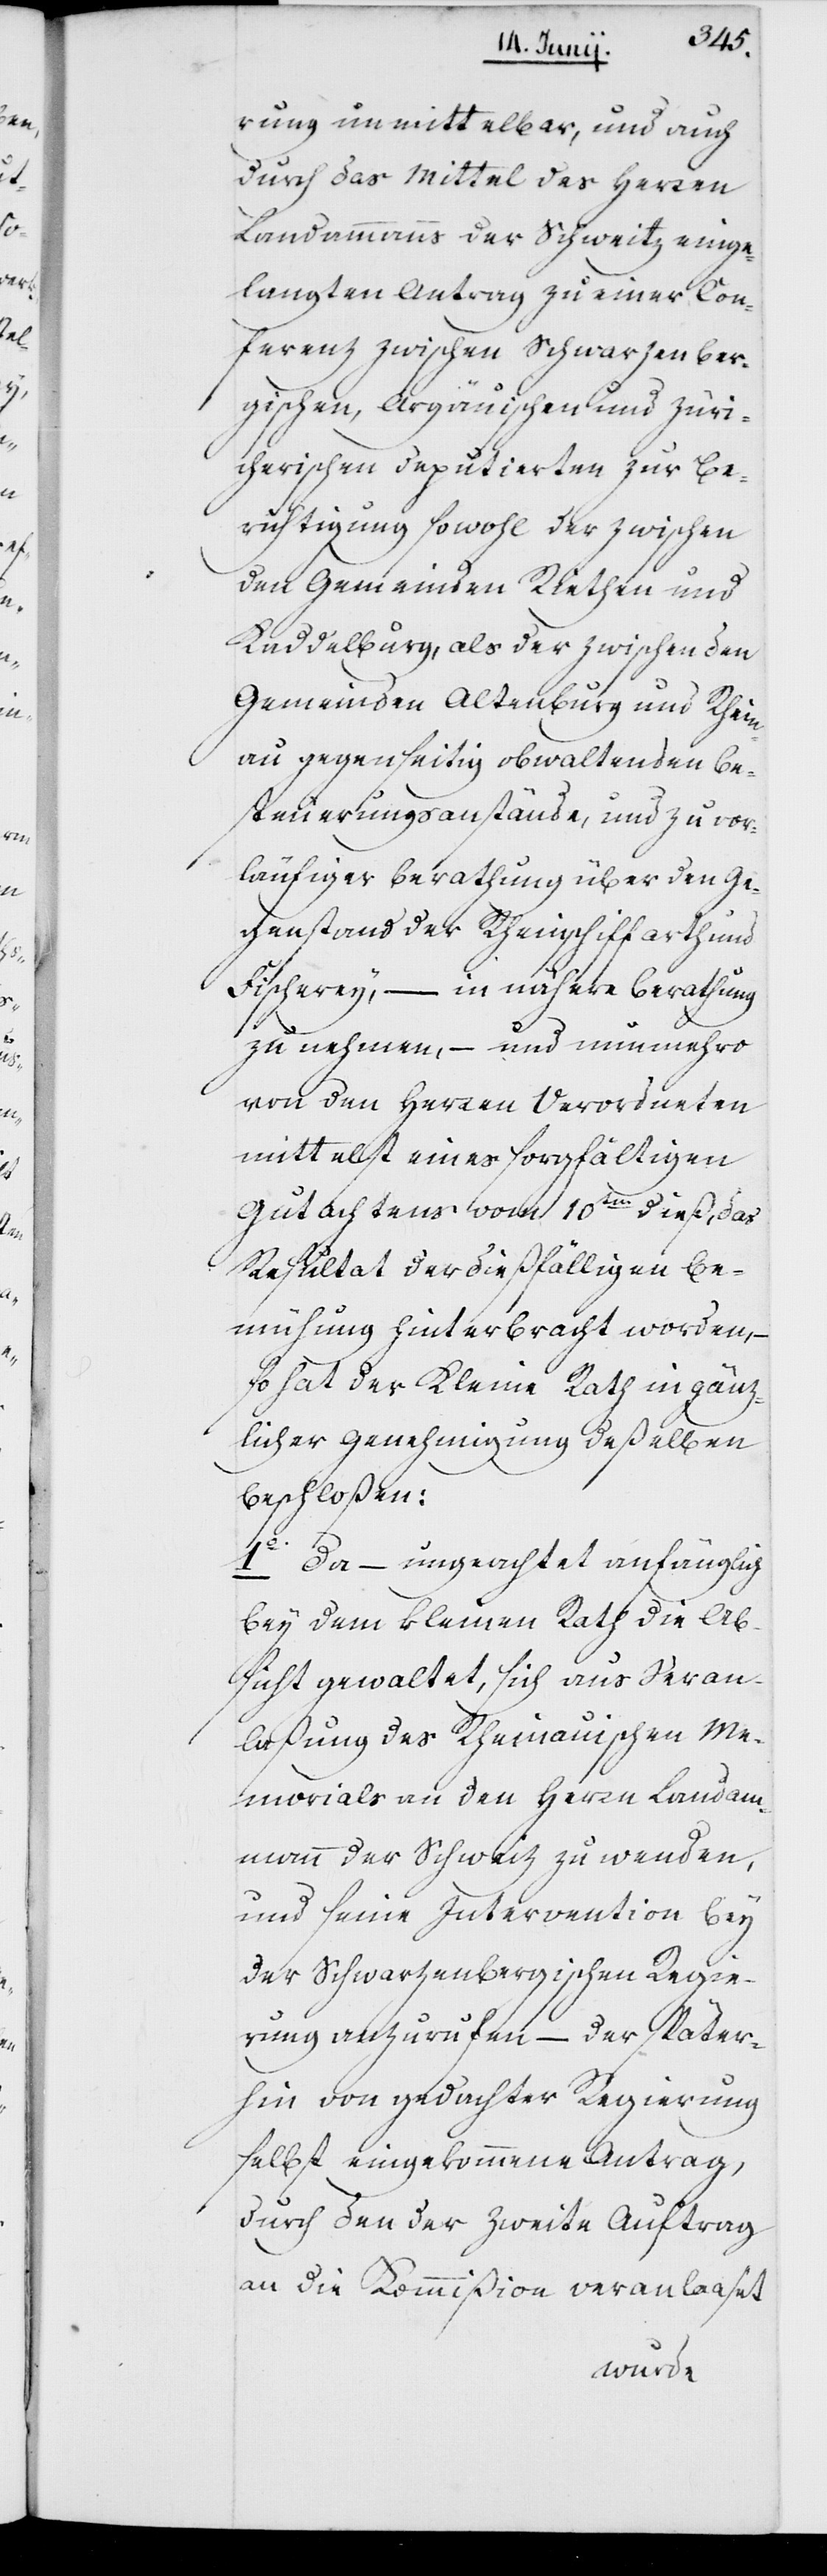
rung unmittelbar, und auch
durch das Mittel des Herren
Landammanns der Schweitz einge¬
langten Antrag zu einer Con¬
ferenz zwischen Schwarzenber¬
gischen, Argäuischen und Züri¬
cherischen Deputierten zur Be¬
richtigung sowohl der zwischen
den Gemeinden Riethen und
Kaddelburg, als der zwischen den
Gemeinden Altenburg und Rhein¬
au gegenseitig obwaltenden Be¬
steuerungsanstände, und zu vor¬
läufiger Berathung über den Ge¬
genstand der Rheinschiffarth und
Fischerey, – in nähere Berathung
zu nehmen, – und nunmehro
von den Herren Verordneten
mittelst eines sorgfältigen
Gutachtens vom 10ten dieß, das
Resultat der dießfälligen Be¬
mühungen hinterbracht worden, –
so hat der Kleine Rath in gänz¬
licher Genehmigung deßelben
beschloßen:
1o. Da – ungeachtet anfänglich
bey dem Kleinen Rath die Ab¬
sicht gewaltet, sich aus Veran¬
laßung des Rheinauischen Me¬
morials an den Herrn Landam¬
mann der Schweiz zu wenden,
und seine Intervention bey
der Schwarzenbergischen Regie¬
rung anzurufen – der später¬
hin von gedachter Regierung
selbst eingekommene Antrag,
durch den der zweyte Auftrag
an die Kommißion veranlaaset